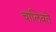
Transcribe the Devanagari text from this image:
चालिवते